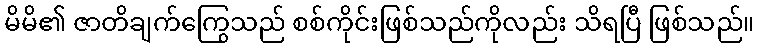
မိမိ၏ ဇာတိချက်ကြွေသည် စစ်ကိုင်းဖြစ်သည်ကိုလည်း သိရပြီ ဖြစ်သည်။